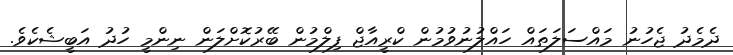
ދެމެދު ޖެހުނު މައްސަލަތައް ހައްލުނުވުމުން ކްރީއާޖް ފިލްމުން ބޭރުކޮށްލަން ނިންމީ ހުދު އަބީޝެކެވެ.